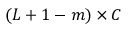
( L + 1 - m ) \times C